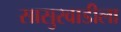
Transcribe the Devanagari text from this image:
सासुरवाडीला